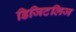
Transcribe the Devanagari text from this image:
डिजिटलिज